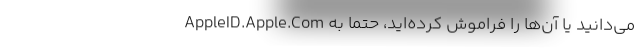
می‌دانید یا آن‌ها را فراموش کرده‌اید، حتماً به AppleID.Apple.Com